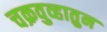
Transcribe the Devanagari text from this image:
चक्रवुव्हातुन